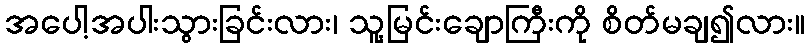
အပေါ့အပါးသွားခြင်းလား၊ သူ့မြင်းချောကြီးကို စိတ်မချ၍လား။